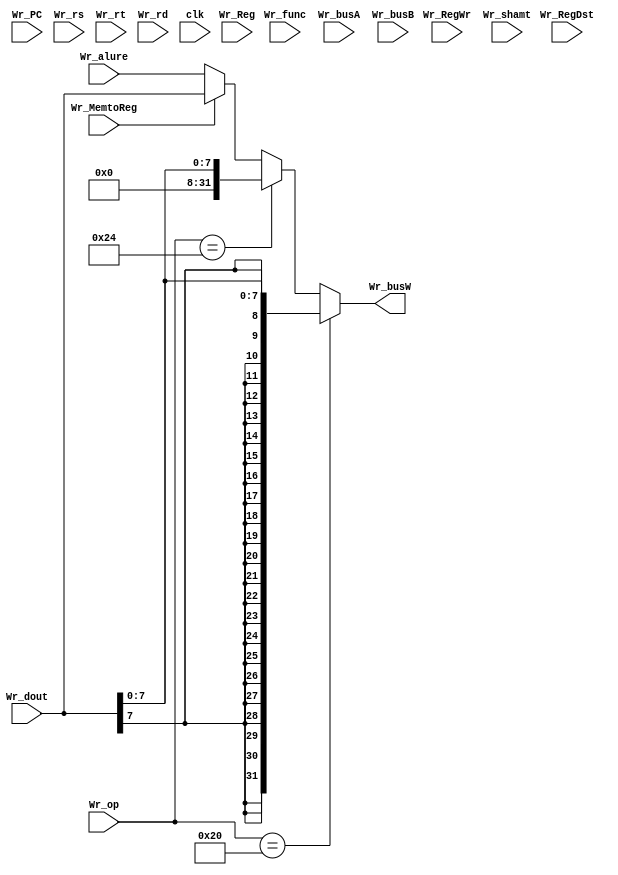
module Wr(Wr_op,Wr_Reg,Wr_RegWr,Wr_MemtoReg,Wr_alure,Wr_dout,Wr_PC,Wr_rs,Wr_rt,Wr_rd,Wr_shamt,Wr_func,Wr_RegDst,Wr_busA,Wr_busB,clk,Wr_busW);//change
	input[5:0]	Wr_op;
	input[4:0]	Wr_Reg;
	input		Wr_RegWr,Wr_MemtoReg;
	input[31:0]	Wr_alure;
	input[31:0]	Wr_dout;
	input[31:2]	Wr_PC;
	input[4:0]	Wr_rs,Wr_rd,Wr_rt,Wr_shamt;
	input[5:0]	Wr_func;
	input		Wr_RegDst;
	input[31:0]	Wr_busA,Wr_busB;

	input clk;
	
	output reg[31:0]	Wr_busW;
//statement

	always@(*)
	begin
		if(Wr_op == 6'b100000)
		begin
			Wr_busW<={{24{Wr_dout[7]}},Wr_dout[7:0]};
		end
//this is for instruction 'lb'-load byte

		else if(Wr_op == 6'b100100)
		begin
			Wr_busW<={{24'b0},Wr_dout[7:0]};
		end
//this is for instruction 'lbu'-load byte unsigned

		else
		begin
			if(Wr_MemtoReg == 0)	Wr_busW <= Wr_alure;
			else	Wr_busW <= Wr_dout;
			//mux2_32 muxW(Wr_alure,Wr_dout,Wr_MemtoReg,Wr_busW);
		end
//choose data to assign Wr_busW by Wr_MemtoReg
	end
endmodule